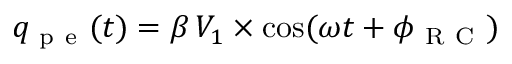
q _ { \mathrm { ~ p ~ e ~ } } ( t ) = \beta \, V _ { 1 } \times \cos ( \omega t + \phi _ { \mathrm { ~ R ~ C ~ } } )